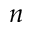
n